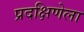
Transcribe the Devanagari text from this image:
प्रदक्षिणेला